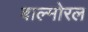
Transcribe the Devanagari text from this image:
बाल्मोरल